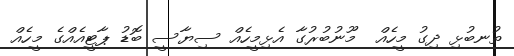
ތުނބުޅި ދިގު މީހެއް  މޫނުބުރުގާ އެޅިމީހެއް ސިޔާސީ ބޮޑު ޕާޓީއެއްގެ މީހެއް